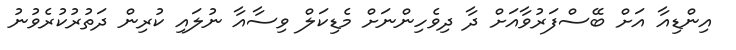
އިންޑިއާ އަށް ބޭސްފަރުވާއަށް ދާ ދިވެހިންނަށް މެޑިކަލް ވިސާއާ ނުލައި ކުރިން ދަތުރުކުރެވުނު